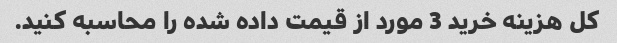
کل هزینه خرید 3 مورد از قیمت داده شده را محاسبه کنید.